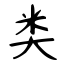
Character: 类